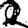
Digit: 2